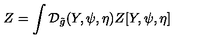
Z = \int { \mathcal { D } _ { \tilde { g } } } ( Y , \psi , \eta ) Z [ Y , \psi , \eta ]